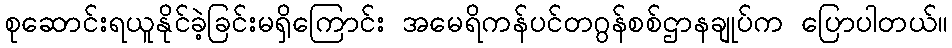
စုဆောင်းရယူနိုင်ခဲ့ခြင်းမရှိကြောင်း အမေရိကန်ပင်တဂွန်စစ်ဌာနချုပ်က ပြောပါတယ်။